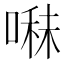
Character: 𭉬